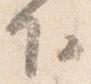
下